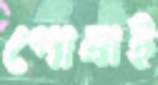
পোষাই